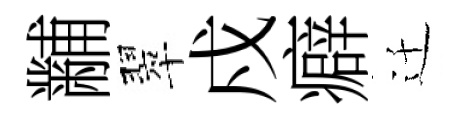
黼翠戍癖迁